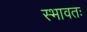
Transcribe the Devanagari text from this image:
स्भावतः